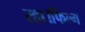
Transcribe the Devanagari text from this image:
रहा।फिल्म